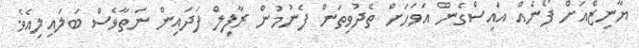
ޔާނިޒްއަށް ފޯނެއް އައިސްގެން އަވަހަށް ތެދުވިތަން ފެނުމުން ރާފިލް ފަދައިން ނަތާވެސް ބަލައިލިއެވެ.